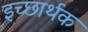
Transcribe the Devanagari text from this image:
इच्छार्थक